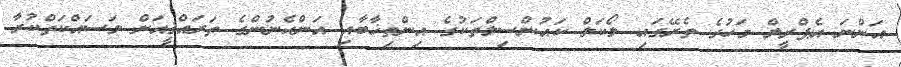
އަންނަ އެޕްރީލް މަހުގެ ތެރޭގައި ލޯކަލް ކައުންސިލްތަކުގެ އިންތިޚާބާއި އަންހެނުންގެ ތަރައްޤީއަށް މަސައްކަތްކުރާ